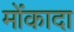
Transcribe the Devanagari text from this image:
मोंकादा